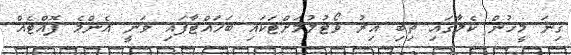
ގިނަ މީހުން ކެލާގައި ތިބި އިރު ވޯޓުލުމަށްޓަކައި ބަހައްޓާފައި ވަނީ އެންމެ ފޮއްޓެއް